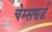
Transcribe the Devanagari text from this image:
चेम्सफर्ड